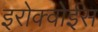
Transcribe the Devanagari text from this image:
इरोक्वोईस